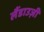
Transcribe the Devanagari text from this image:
लैंडाउज़ी